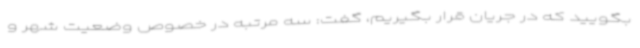
بگویید که در جریان قرار بگیریم، گفت: سه مرتبه در خصوص وضعیت شهر و